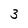
Character: 3